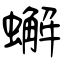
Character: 蠏